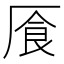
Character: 𠩸